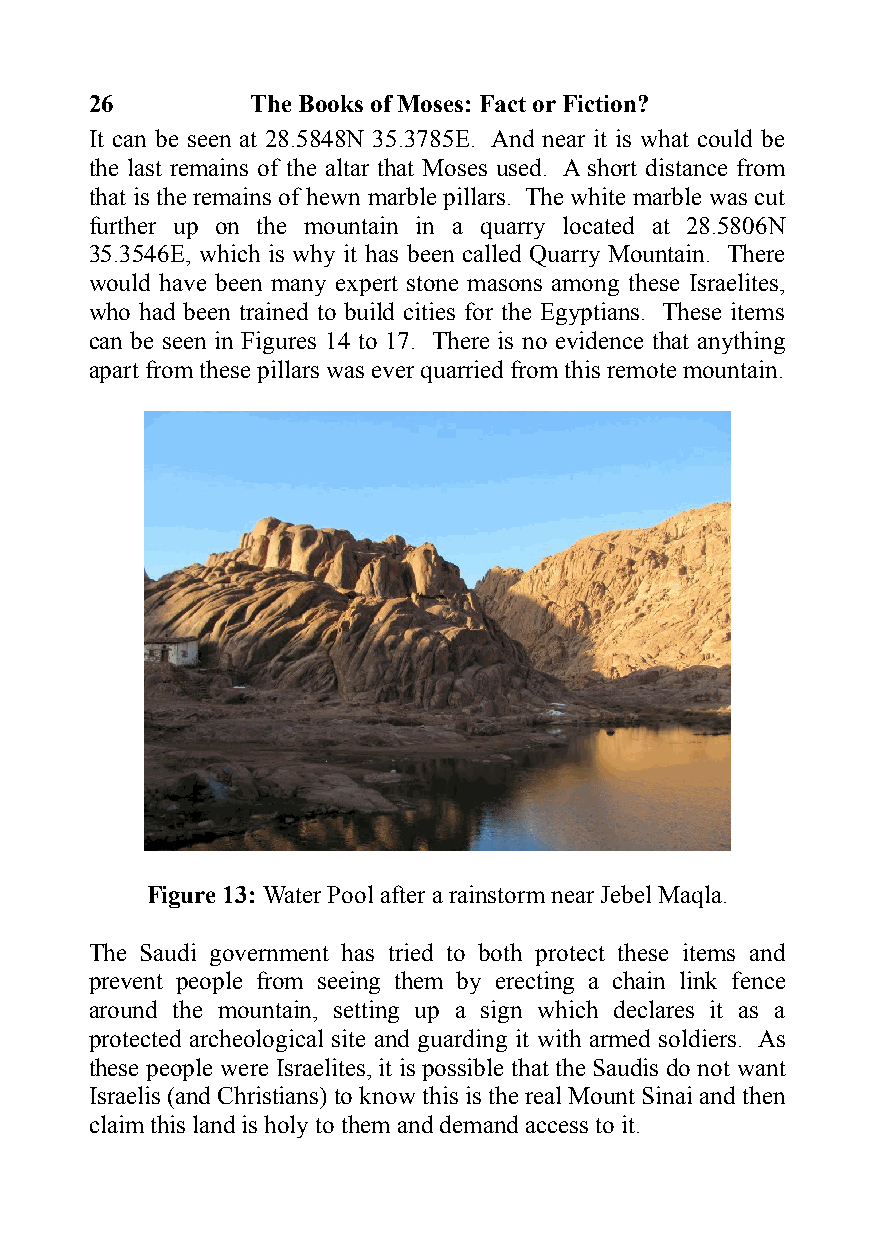
26         The Books of Moses: Fact or Fiction?
 It can be seen at 28.5848N 35.3785E. And near it is what could be
 the last remains of the altar that Moses used. A short distance from
 that is the remains of hewn marble pillars. The white marble was cut
 further up on the mountain in a quarry located at 28.5806N
 35.3546E, which is why it has been called Quarry Mountain. There
 would have been many expert stone masons among these Israelites,
 who had been trained to build cities for the Egyptians. These items
 can be seen in Figures 14 to 17. There is no evidence that anything
 apart from these pillars was ever quarried from this remote mountain.
 Figure 13: Water Pool after a rainstorm near Jebel Maqla.
 The Saudi government has tried to both protect these items and
 prevent people from seeing them by erecting a chain link fence
 around the mountain, setting up a sign which declares it as a
 protected archeological site and guarding it with armed soldiers. As
 these people were Israelites, it is possible that the Saudis do not want
 Israelis (and Christians) to know this is the real Mount Sinai and then
 claim this land is holy to them and demand access to it.